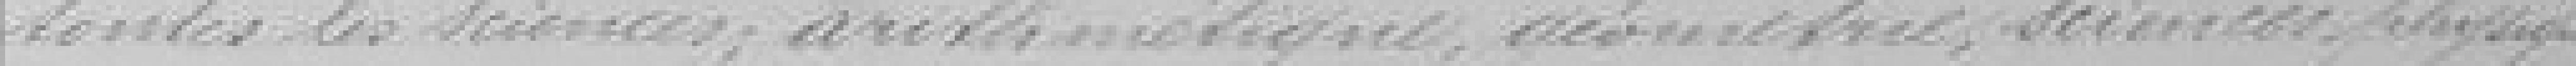
toutes les sciences : mathématique, géométrie, sciences physiques